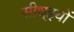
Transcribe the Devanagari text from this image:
सीध्इयों